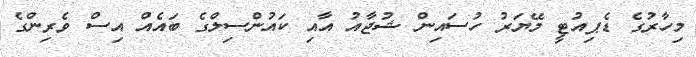
މިހާރުގެ ޑެޕިއުޓީ މޭޔަރު ހުސައިން ޝުޖާއު އާއި ކައުންސިލްގެ ބައެއް އިސް ވެރިންގެ